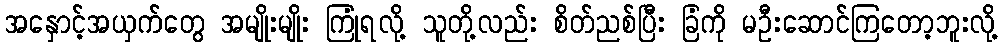
အနှောင့်အယှက်တွေ အမျိုးမျိုး ကြုံရလို့ သူတို့လည်း စိတ်ညစ်ပြီး ခြံကို မဦးဆောင်ကြတော့ဘူးလို့